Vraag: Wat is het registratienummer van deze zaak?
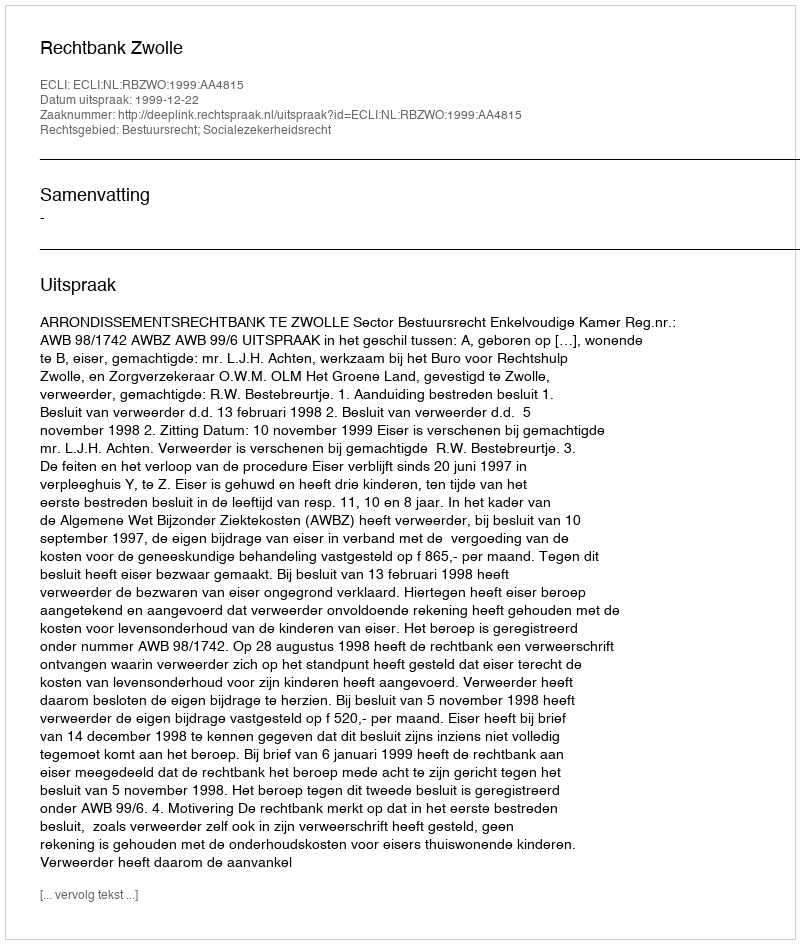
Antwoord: http://deeplink.rechtspraak.nl/uitspraak?id=ECLI:NL:RBZWO:1999:AA4815